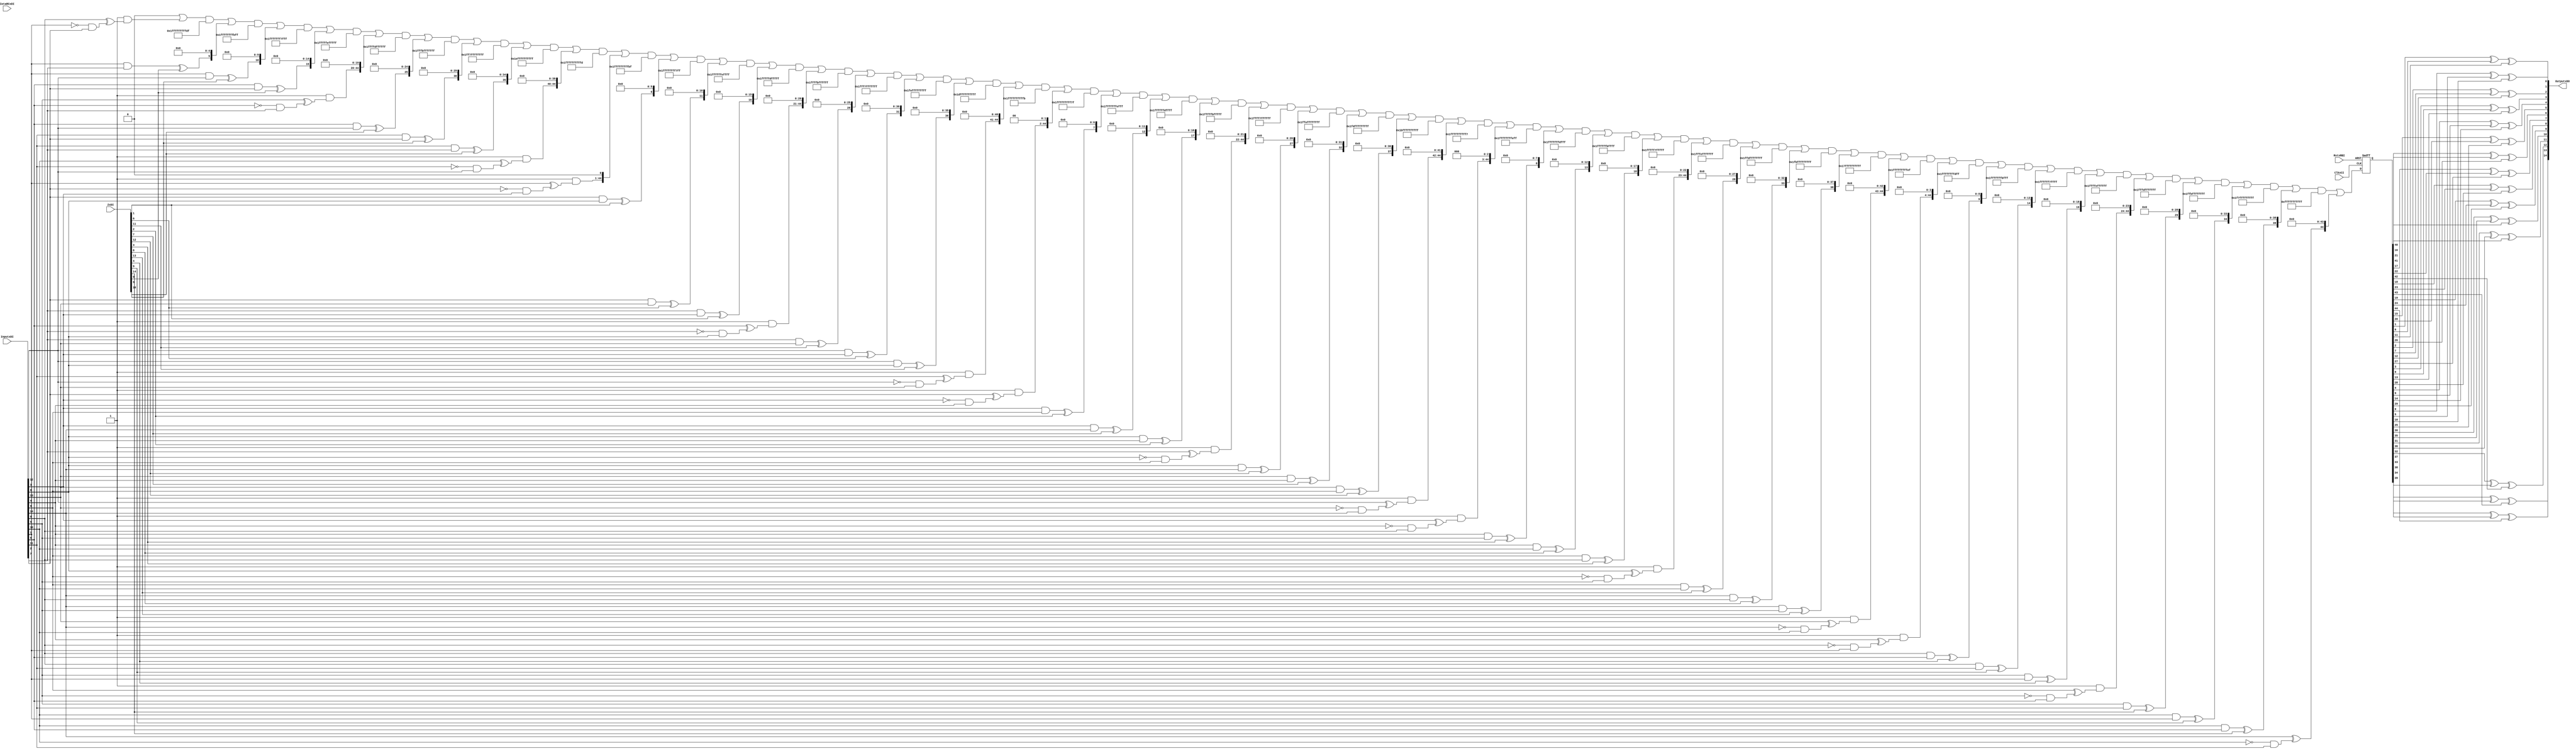
`timescale 1ns/1ns

module keccak_sbox
  #(parameter SHARES = 3
  , parameter CHI_DOUBLE_CLK = 0
  , parameter LESS_RAND = 0
  , parameter DOM_PIPELINE = 1
  , parameter IOTA_XOR = 0
  )
  ( input  wire ClkxCI
  , input  wire RstxRBI
  , input  wire IotaRCxDI
  , input  wire[SHARES*5-1:0] InputxDI
  , input  wire[(SHARES*SHARES-SHARES)/2*5-1:0] ZxDI
  , output  reg[SHARES*5-1:0] OutputxDO
  );

  localparam NUM_FF = DOM_PIPELINE ? (SHARES*SHARES)*5 : (SHARES*SHARES - SHARES)*5;

  reg[NUM_FF-1:0] FFxDN, FFxDP;

  always @(*) begin : SBOX
    integer i, j, x0, x1, x2, ff_idx, rand_idx;
    reg result;
    reg[4:0] S, T;

    FFxDN = {NUM_FF{1'b0}};

    for(x0 = 0; x0 < 5; x0=x0+1) begin
      x1 = (x0 + 1) % 5;
      x2 = (x0 + 2) % 5;
      for (i = 0; i < SHARES; i=i+1) begin
        result = 1'b0;
        S = InputxDI[i*5 +: 5];
        for (j = 0; j < SHARES; j=j+1) begin
          T = InputxDI[j*5 +: 5];

          if (i == j) begin
            // inner domain term
            if (DOM_PIPELINE) begin
              ff_idx = i*SHARES + i;
              if (LESS_RAND && i >= SHARES-2) begin
                // Don't XOR the A_xi part if that is done in the cross-domain term
                FFxDN[ff_idx*5 + x0] = ~S[x1] & S[x2];
              end else begin
                FFxDN[ff_idx*5 + x0] = S[x0] ^ (~S[x1] & S[x2]);
              end
              result = result ^ FFxDP[ff_idx*5 + x0];

            end else begin
              if (LESS_RAND && i >= SHARES-2) begin
                // Don't XOR the A_xi part if that is done in the cross-domain term
                result = result ^ (~S[x1] & S[x2]);
              end else begin
                result = result ^ S[x0] ^ (~S[x1] & S[x2]);
              end
            end
          end else if (i < j) begin
            // cross domain term
            rand_idx = i + j*(j-1)/2;
            if (DOM_PIPELINE) begin
              ff_idx = i*SHARES + j;
            end else begin
              ff_idx = i*(SHARES-1) + j-1;
            end

            //TODO kind of redundant with i > j
            if (LESS_RAND && rand_idx == (SHARES*SHARES-SHARES)/2-1) begin
              FFxDN[ff_idx*5 + x0] = (S[x1] & T[x2]) ^ S[x0];
            end else begin
              FFxDN[ff_idx*5 + x0] = (S[x1] & T[x2]) ^ ZxDI[rand_idx*5 + x0];
            end

            result = result ^ FFxDP[ff_idx*5 + x0];

            //---------------------------------------------------------
            // Iota step
            if (IOTA_XOR && i == 0 && x0 == 0 && rand_idx==0) begin
              FFxDN[ff_idx*5 + x0] = IotaRCxDI ^ FFxDN[ff_idx*5 + x0];
            end
          end else if (i > j) begin
            // cross domain term
            rand_idx = j + i*(i-1)/2;
            if (DOM_PIPELINE) begin
              ff_idx = i*SHARES + j;
            end else begin
              ff_idx = i*(SHARES-1) + j;
            end

            if (LESS_RAND && rand_idx == (SHARES*SHARES-SHARES)/2-1) begin
              FFxDN[ff_idx*5 + x0] = (S[x1] & T[x2]) ^ S[x0];
            end else begin
              FFxDN[ff_idx*5 + x0] = (S[x1] & T[x2]) ^ ZxDI[rand_idx*5 + x0];
            end

            result = result ^ FFxDP[ff_idx*5 + x0];
          end
        end

        OutputxDO[i*5 + x0] = result;
      end
    end
  end

  if(CHI_DOUBLE_CLK) begin
    always @(negedge ClkxCI or negedge RstxRBI) begin
      if(~RstxRBI)       FFxDP <= {NUM_FF{1'b0}};
      else  FFxDP <= FFxDN;
    end
  end
  else begin
    always @(posedge ClkxCI or negedge RstxRBI) begin
      if(~RstxRBI)       FFxDP <= {NUM_FF{1'b0}};
      else FFxDP <= FFxDN;
    end
  end

endmodule